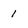
Character: 1